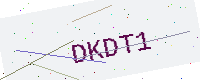
Text: DKDT1